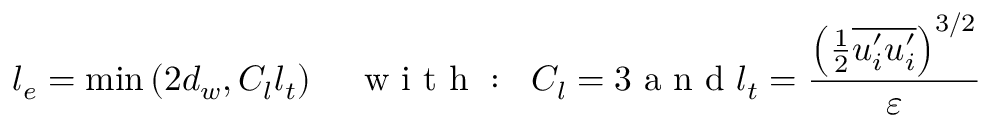
l _ { e } = \operatorname* { m i n } \left( 2 d _ { w } , C _ { l } l _ { t } \right) \quad \mathrm { ~ w ~ i ~ t ~ h ~ : ~ } \; \; C _ { l } = 3 \mathrm { ~ a ~ n ~ d ~ } l _ { t } = \frac { { \left( \frac { 1 } { 2 } \overline { { u _ { i } ^ { \prime } u _ { i } ^ { \prime } } } \right) } ^ { 3 / 2 } } { \varepsilon }